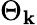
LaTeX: \Theta_{\mathbf{k}}